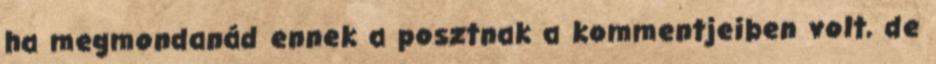
ha megmondanád ennek a posztnak a kommentjeiben volt, de